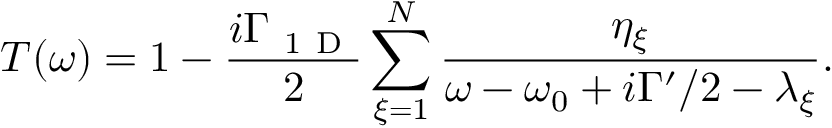
T ( \omega ) = 1 - \frac { i \Gamma _ { \mathrm { ~ 1 ~ D ~ } } } { 2 } \sum _ { \xi = 1 } ^ { N } \frac { \eta _ { \xi } } { \omega - \omega _ { 0 } + i \Gamma ^ { \prime } / 2 - \lambda _ { \xi } } .